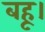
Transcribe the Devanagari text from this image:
बहू।